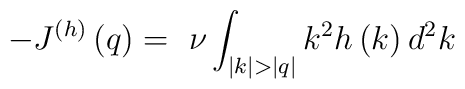
-J^{(h)}\left( q \right)=~\nu\int_{|k|>|q|}{k^{2}h\left( k \right)d^{2}k}